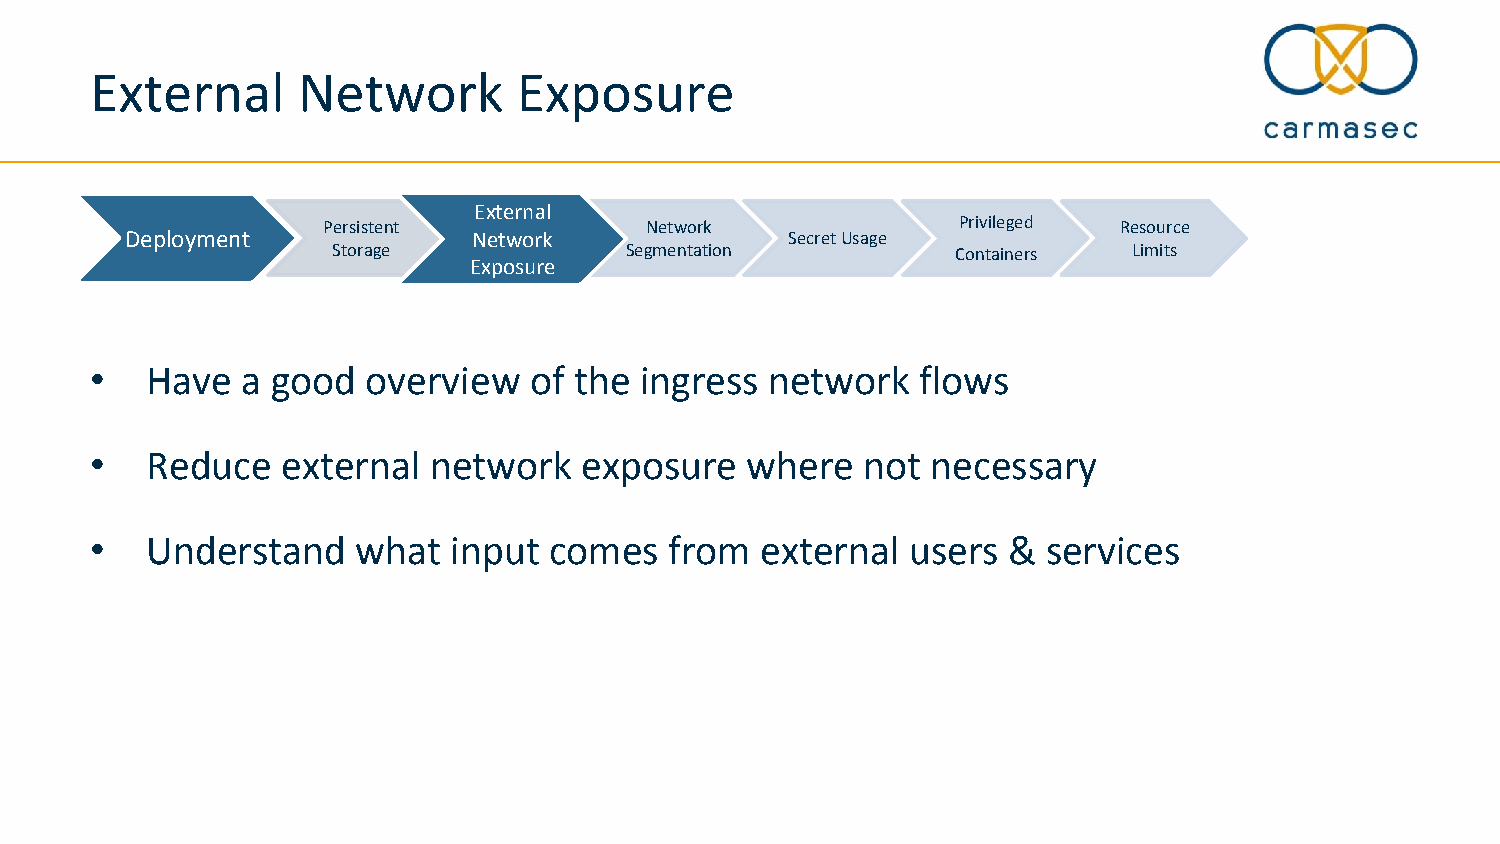
External      Network       Exposure
 ExEtxeterrnnaall
 Persistent            Network             Privileged Resource
 Deployment             NeNtewtwoorrkk       Secret Usage
 Storage            Segmentation          Containers  Limits
 ExEpxpoossuurree
 •   Have  a good  overview   of the ingress  network   flows
 •   Reduce   external network   exposure   where   not  necessary
 •   Understand    what  input comes   from  external  users  & services